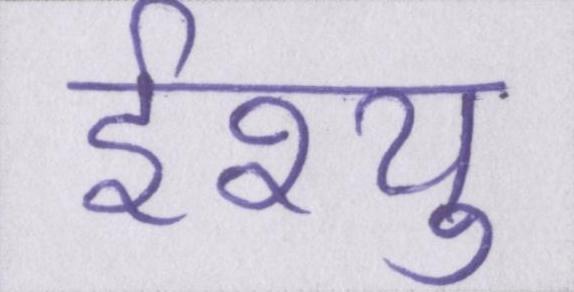
ईश्यु